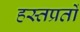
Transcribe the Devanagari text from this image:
हस्तप्रतों